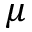
\mu